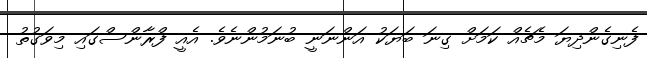
ފެނިގެންދިޔަ މެޗެއް ކަމަށް ގިނަ ބަޔަކު އަންނަނީ ބުނަމުންނެވެ. އެއީ ފްރާންސްގައި މިވަގުތު